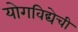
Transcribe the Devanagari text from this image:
योगविद्येची